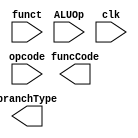
module alu_control_unit(funct, opcode, ALUOp, clk, funcCode, branchType);
  input ALUOp;
  input clk;
  input [5:0] funct;
  input [3:0] opcode;

  output reg [3:0] funcCode;
  output reg [1:0] branchType;

   //TODO: implement ALU control unit
  
endmodule